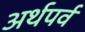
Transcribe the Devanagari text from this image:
अर्थपर्व